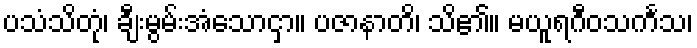
ပသံသိတုံ၊ ချီးမွမ်းအံသောငှာ။ ပဇာနာတိ၊ သိ၏။ မယူရဂီဝသင်္ကသ၊